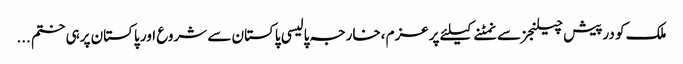
ملک کو درپیش چیلنجز سے نمٹنے کیلئے پرعزم ،خارجہ پالیسی پاکستان سے شروع اور پاکستان پرہی ختم ...